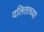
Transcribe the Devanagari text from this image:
दलिताच्या